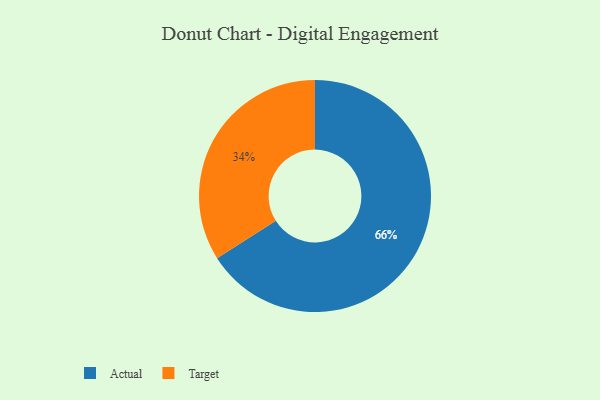
{"axis": {"x": "Category", "y": "Percentage"}, "legend": ["Actual", "Target"], "data": [{"x": "Actual", "y": 66, "type": "Actual"}, {"x": "Target", "y": 34, "type": "Target"}]}